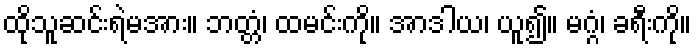
ထိုသူဆင်းရဲမအား။ ဘတ္တံ၊ ထမင်းကို။ အာဒါယ၊ ယူ၍။ မဂ္ဂံ၊ ခရီးကို။